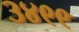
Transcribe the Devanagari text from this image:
३४९९